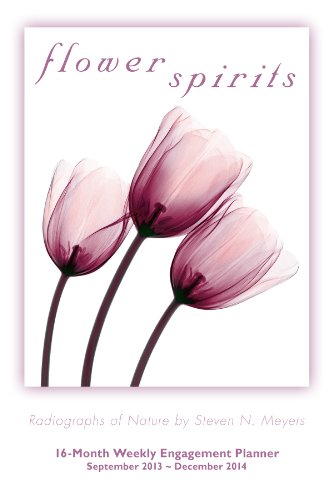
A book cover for Flower Spirits 2014 Engagement (calendar); Steven N. Meyers; Calendars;